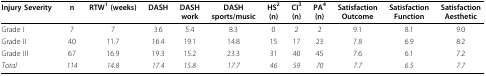
<table><thead><tr><td><b>Injury Severity</b></td><td><b>n</b></td><td><b>RTW<sup>1 </sup>(weeks)</b></td><td><b>DASH</b></td><td><b>DASHwork</b></td><td><b>DASHsports/music</b></td><td><b>HS<sup>2</sup>(n)</b></td><td><b>CI<sup>3</sup>(n)</b></td><td><b>PA<sup>4</sup>(n)</b></td><td><b>SatisfactionOutcome</b></td><td><b>SatisfactionFunction</b></td><td><b>SatisfactionAesthetic</b></td></tr></thead><tbody><tr><td>Grade I</td><td>7</td><td>7</td><td>3.6</td><td>5.4</td><td>8.3</td><td>0</td><td>2</td><td>2</td><td>9.1</td><td>8.1</td><td>9.0</td></tr><tr><td>Grade II</td><td>40</td><td>11.7</td><td>16.4</td><td>19.1</td><td>14.8</td><td>15</td><td>17</td><td>23</td><td>7.8</td><td>6.9</td><td>8.2</td></tr><tr><td>Grade III</td><td>67</td><td>16.9</td><td>19.3</td><td>15.2</td><td>23.3</td><td>31</td><td>40</td><td>45</td><td>7.6</td><td>6.1</td><td>7.2</td></tr><tr><td><i>Total</i></td><td><i>114</i></td><td><i>14.8</i></td><td><i>17.4</i></td><td><i>15.8</i></td><td><i>17.7</i></td><td><i>46</i></td><td><i>59</i></td><td><i>70</i></td><td><i>7.7</i></td><td><i>6.5</i></td><td><i>7.7</i></td></tr></tbody></table>